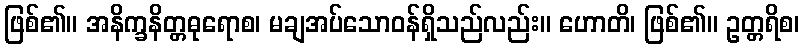
ဖြစ်၏။ အနိက္ခနိတ္တဓုရောစ၊ မချအပ်သောဝန်ရှိသည်လည်း။ ဟောတိ၊ ဖြစ်၏။ ဥတ္တရိစ၊